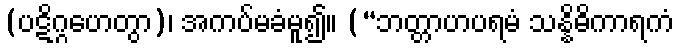
(ပဋိဂ္ဂဟေတွာ)၊ အကပ်မခံမူ၍။ (“ဘတ္တာဟပရမံ သန္နိဓိကာရကံ